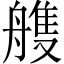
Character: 䑾